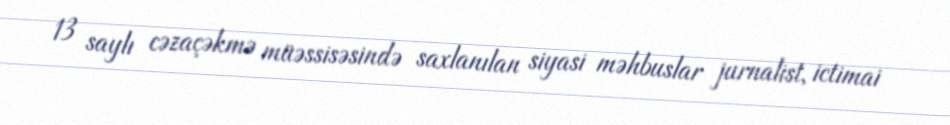
13 saylı cəzaçəkmə müəssisəsində saxlanılan siyasi məhbuslar jurnalist, ictimai